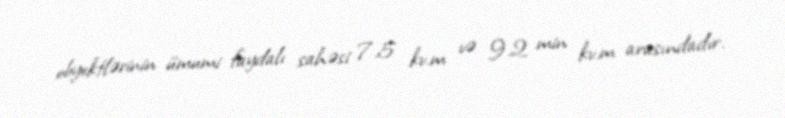
obyektlərinin ümumi faydalı sahəsi 7.5 kv.m və 9.2 min kv.m arasındadır.